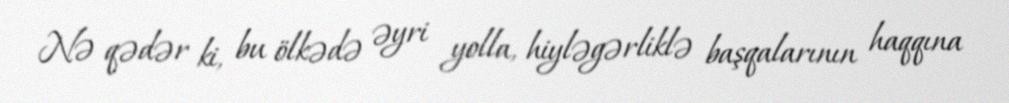
Nə qədər ki, bu ölkədə əyri yolla, hiyləgərliklə başqalarının haqqına